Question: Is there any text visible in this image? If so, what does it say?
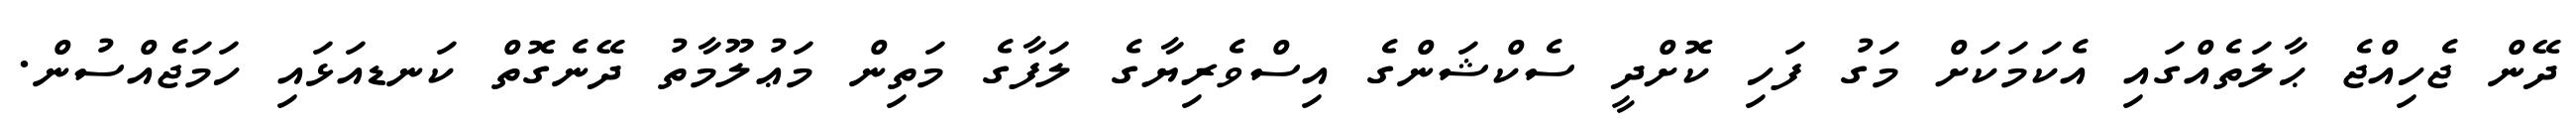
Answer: ދޭން ޖެހިއްޖެ ޙާލަތެއްގައި އެކަމަކަށް މަގު ފަހި ކޮށްދީ ސެކްޝަންގެ އިސްވެރިޔާގެ ލަފާގެ މަތިން މަޢުލޫމާތު ދޭނެގޮތް ކަނޑއަޅައި ހަމަޖެއްސުން.